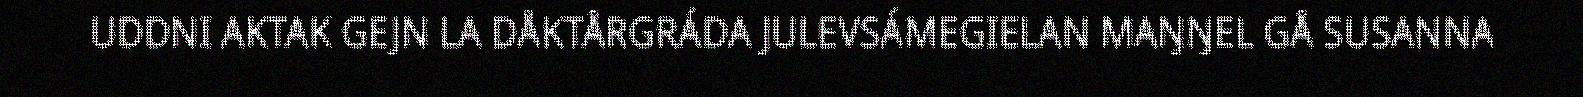
UDDNI AKTAK GEJN LA DÅKTÅRGRÁDA JULEVSÁMEGIELAN MAŊŊEL GÅ SUSANNA